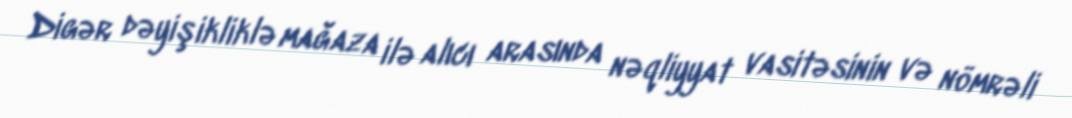
Digər dəyişikliklə mağaza ilə alıcı arasında nəqliyyat vasitəsinin və nömrəli